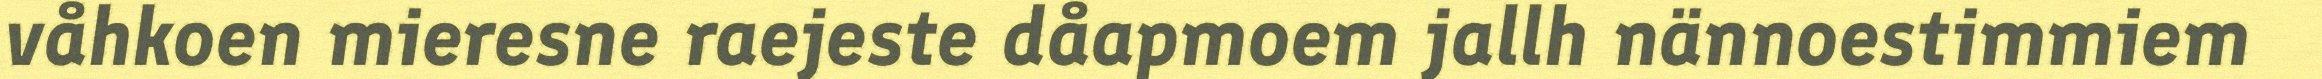
våhkoen mieresne raejeste dåapmoem jallh nännoestimmiem